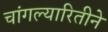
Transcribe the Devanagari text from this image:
चांगल्यारितीने